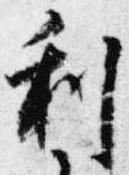
利